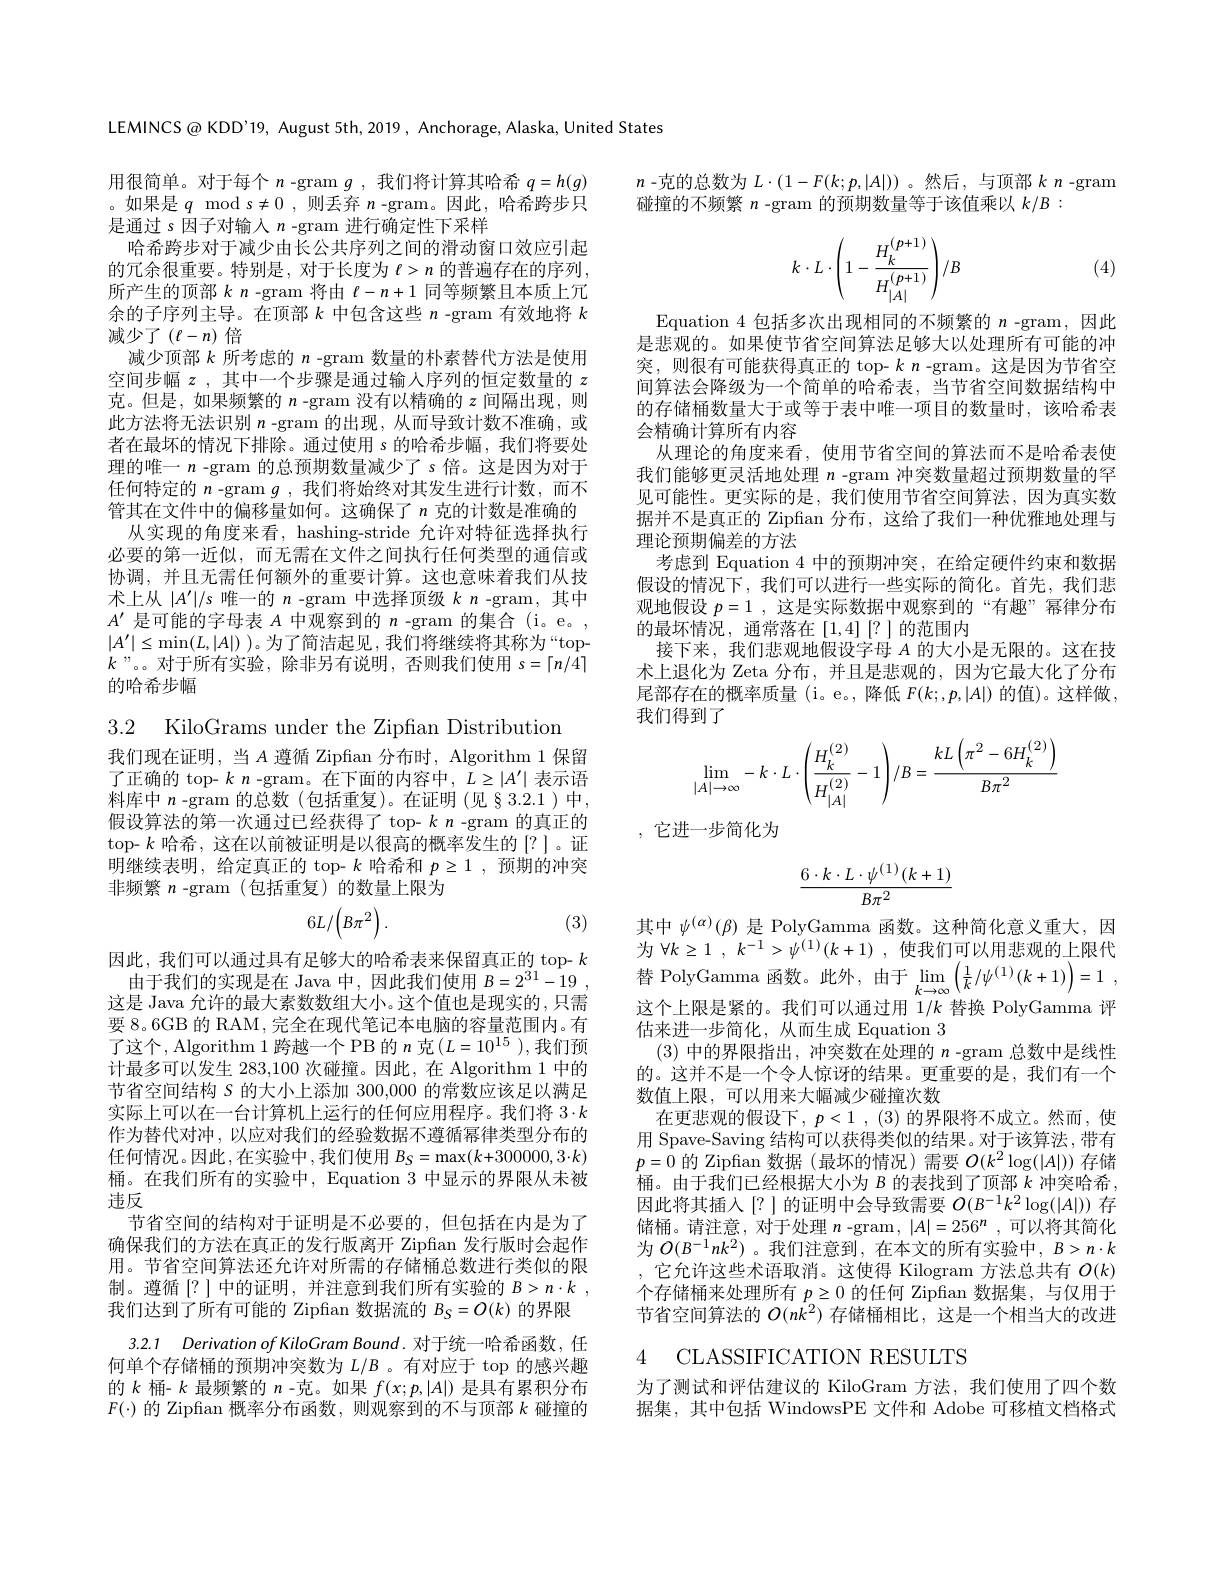
LEMINCS@ KDD'19, August 5th, 2019, Anchorage, Alaska, United States
用很简单。对于每个$n$ -gram $g$ ,我们将计算其哈希$q=h(g)$ 。如果是$q$ mod $s\neq0$,则丢弃$n$ -gram。因此，哈希跨步只$\bar{\text{是通过 }s\text{ 因子对输入 }n\text{ -gram 进行确定性下采样}}$
哈希跨步对于减少由长公共序列之间的滑动窗口效应引起的冗余很重要。特别是，对于长度为$\ell>n$的普遍存在的序列， 所产生的顶部$k$ n-gram 将由 $\ell-n+1$ 同等频繁且本质上冗余的子序列主导。在顶部$k$中包含这些$n$ -gram 有效地将$k$ 减少了$(\ell-n)$倍
减少顶部$k$所考虑的$n$ -gram 数量的朴素替代方法是使用空间步幅$z$ , 其中一个步骤是通过输人序列的恒定数量的$z$ 克。但是，如果频繁的$n$ -gram 没有以精确的$z$间隔出现，则此方法将无法识别$n$ -gram 的出现，从而导致计数不准确，或者在最坏的情况下排除。通过使用 s 的哈希步幅，我们将要处理的唯一$n$ -gram 的总预期数量减少了 s 倍。这是因为对于任何特定的$n$ -gram $g$ ,我们将始终对其发生进行计数，而不管其在文件中的偏移量如何。这确保了$n$克的计数是准确的
从实现的角度来看，hashing-stride 允许对特征选择执行必要的第一近似，而无需在文件之间执行任何类型的通信或协调，并且无需任何额外的重要计算。这也意味着我们从技术上从$|A^{\prime}|/s$唯一的$n$ -gram 中选择顶级$k$ -gram,其中$A^{\prime}$是可能的字母表$A$中观察到的$n$ -gram 的集合 (i。e。, $|A^{\prime}|\leq\min(L,|A|)$ )。为了简洁起见，我们将继续将其称为“top- $k$”。。对于所有实验，除非另有说明，否则我们使用$s=\lceil n/4\rceil$ 的哈希步幅

3.2 KiloGrams under the Zipfan Distribution

我们现在证明，当$A$ 遵循 Zipfan 分布时，Algorithm 1 保留了正确的 top- $k$ n-gram。在下面的内容中，$L\geq|A^\prime|$表示语料库中$n$ -gram 的总数(包括重复)。在证明(见§3.2.1)中， 假设算法的第一次通过已经获得了 top- $k$ n -gram 的真正的top- $k$哈希，这在以前被证明是以很高的概率发生的 [?]。证明继续表明，给定真正的 top- $k$哈希和$p\geq1$,预期的冲突非频繁$n$ -gram (包括重复)的数量上限为

(3)
$$6L/\left(B\pi^{2}\right).$$
因此，我们可以通过具有足够大的哈希表来保留真正的 top- $k$ 由于我们的实现是在 Java 中，因此我们使用$B= 2^{31}- 19$ ,
这是 Java 允许的最大素数数组大小。这个值也是现实的，只需要 8。6GB 的 RAM , 完全在现代笔记本电脑的容量范围内。有了这个，Algorithm 1跨越一个 PB 的 $n$ 克$(L=10^{15})$,我们预计最多可以发生 283,100 次碰撞。因此，在 Algorithm 1 中的节省空间结构 S 的大小上添加 300,000 的常数应该足以满足实际上可以在一台计算机上运行的任何应用程序。我们将 3·k 作为替代对冲，以应对我们的经验数据不遵循幂律类型分布的任何情况。因此 ,在实验中 ,我们使用 $B_S=\max(k+300000,3\cdot k)$ 桶。在我们所有的实验中，Equation 3 中显示的界限从未被违反
节省空间的结构对于证明是不必要的，但包括在内是为了确保我们的方法在真正的发行版离开 Zipfan 发行版时会起作用。节省空间算法还允许对所需的存储桶总数进行类似的限制。遵循[?]中的证明，并注意到我们所有实验的$B> n\cdot k$ , 我们达到了所有可能的 Zipfian 数据流的$B_S=O(k)$的界限
3.2.1 Derivation of KiloGram Bound. 对于统一哈希函数，任何单个存储桶的预期冲突数为$L/B$ 。有对应于 top 的感兴趣的$k$桶- $k$最频繁的$n$ -克。如果$f(x;p,|A|)$是具有累积分布$F(\cdot)$的 Zipfian 概率分布函数，则观察到的不与顶部$k$碰撞的

$n$ -克的总数为$L\cdot(1-F(k;p,|A|))$ 。然后 ,与顶部$k$ n -gram
碰撞的不频繁$n$ -gram 的预期数量等于该值乘以$k/B:$
$$k\cdot L\cdot\left(1-\frac{H_k^{(p+1)}}{H_{|A|}^{(p+1)}}\right)/B$$
(4)

Equation 4 包括多次出现相同的不频繁的$n$ -gram,因此是悲观的。如果使节省空间算法足够大以处理所有可能的冲突，则很有可能获得真正的 top- $k$ n -gram。这是因为节省空间算法会降级为一个简单的哈希表，当节省空间数据结构中的存储桶数量大于或等于表中唯一项目的数量时，该哈希表会精确计算所有内容
从理论的角度来看，使用节省空间的算法而不是哈希表使我们能够更灵活地处理$n$ -gram 冲突数量超过预期数量的罕见可能性。更实际的是，我们使用节省空间算法，因为真实数据并不是真正的 Zipfian 分布，这给了我们一种优雅地处理与理论预期偏差的方法
考虑到 Equation 4 中的预期冲突，在给定硬件约束和数据假设的情况下，我们可以进行一些实际的简化。首先，我们悲观地假设$p=1$,这是实际数据中观察到的“有趣”幂律分布的最坏情况，通常落在$[1,4]\begin{bmatrix}?\\\end{bmatrix}$的范围内
接下来，我们悲观地假设字母$A$的大小是无限的。这在技术上退化为 Zeta 分布，并且是悲观的，因为它最大化了分布尾部存在的概率质量(i。e。,降低$F(k;,p,|A|)$的值)。这样做， 我们得到了
$$\lim\limits_{|A|\to\infty}-k\cdot L\cdot\left(\frac{H_k^{(2)}}{H_{|A|}^{(2)}}-1\right)/B=\frac{kL\left(\pi^2-6H_k^{(2)}\right)}{B\pi^2}$$
,它进一步简化为
$$\frac{6\cdot k\cdot L\cdot\psi^{(1)}(k+1)}{B\pi^2}$$
其中$\psi^{(\alpha)}(\beta)$是 PolyGamma 函数。这种简化意义重大，因为$\forall k\geq 1$ , $k^{- 1}> \psi ^{( 1) }( k+ 1)$ ,使我们可以用悲观的上限代替 PolyGamma 函数。此外，由于$\lim _{k\to \infty }\left ( \frac 1k/ \psi ^{( 1) }( k+ 1) \right ) = 1$ , 这个上限是紧的。我们可以通过用$1/k$替换 PolyGamma 评估来进一步简化，从而生成 Equation 3
(3)中的界限指出，冲突数在处理的$n$ -gram 总数中是线性的。这并不是一个令人惊讶的结果。更重要的是，我们有一个数值上限，可以用来大幅减少碰撞次数
在更悲观的假设下，$p< 1$ , (3)的界限将不成立。然而，使用 Spave-Saving 结构可以获得类似的结果。对于该算法，带有$p=0$的 Zipfian 数据(最坏的情况)需要$O(k^2\log(|A|))$存储桶。由于我们已经根据大小为$B$的表找到了顶部$k$冲突哈希， 因此将其插入[?]的证明中会导致需要$O(B^{-1}k^2\log(|A|))$存储桶。请注意，对于处理$n$ -gram$,|A|=256^n$,可以将其简化为$O(B^{-1}nk^{2})$ 。我们注意到，在本文的所有实验中，$B>n\cdot k$ ,它允许这些术语取消。这使得 Kilogram 方法总共有$O(k)$ 个存储桶来处理所有$p\geq0$的任何 Zipfan 数据集，与仅用于节省空间算法的$O(n\dot{k}^2)$存储桶相比，这是一个相当大的改进

## 4 CLASSIFICATION RESULTS

为了测试和评估建议的 KiloGram 方法，我们使用了四个数据集，其中包括 WindowsPE 文件和 Adobe 可移植文档格式